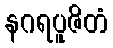
နဂရပူဇိတံ